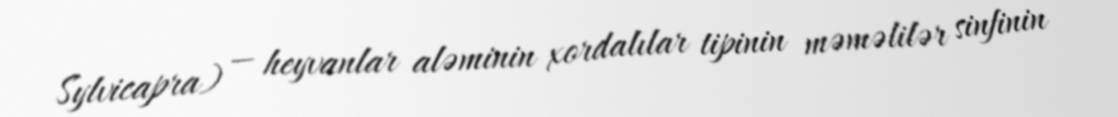
Sylvicapra) — heyvanlar aləminin xordalılar tipinin məməlilər sinfinin